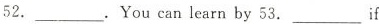
52.___.You can learn by 53.___if